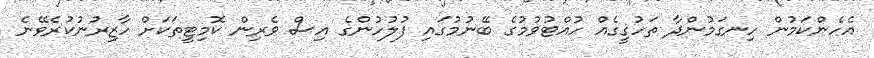
އެހެންކަމުން ހިނގަމުންދާ ތަހުގީގެއް ހުއްޓުވުމުގެ ބޭނުމުގައި ފުލުހުންގެ އިސް ވެރިން ކޮމިޓީތަކަށް ހާޒިރުނުކުރެވޭނެ